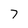
Character: 7